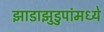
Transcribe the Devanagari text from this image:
झाडाझुडुपांमध्ये